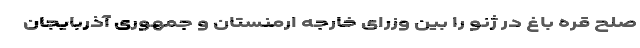
صلح قره باغ در ژنو را بین وزرای خارجه ارمنستان و جمهوری آذربایجان